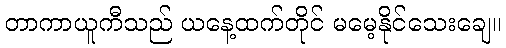
တာကာယူကီသည် ယနေ့ထက်တိုင် မမေ့နိုင်သေးချေ။